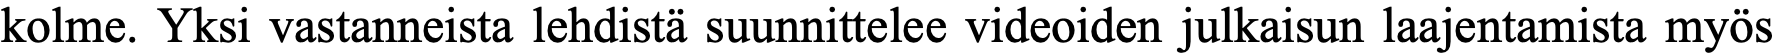
kolme. Yksi vastanneista lehdistä suunnittelee videoiden julkaisun laajentamista myös